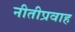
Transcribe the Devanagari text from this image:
नीतीप्रवाह